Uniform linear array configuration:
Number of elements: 4
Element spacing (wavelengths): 0.75
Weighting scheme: hamming
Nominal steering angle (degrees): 15
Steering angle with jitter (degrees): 13.305
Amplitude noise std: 0.05
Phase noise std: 0.05

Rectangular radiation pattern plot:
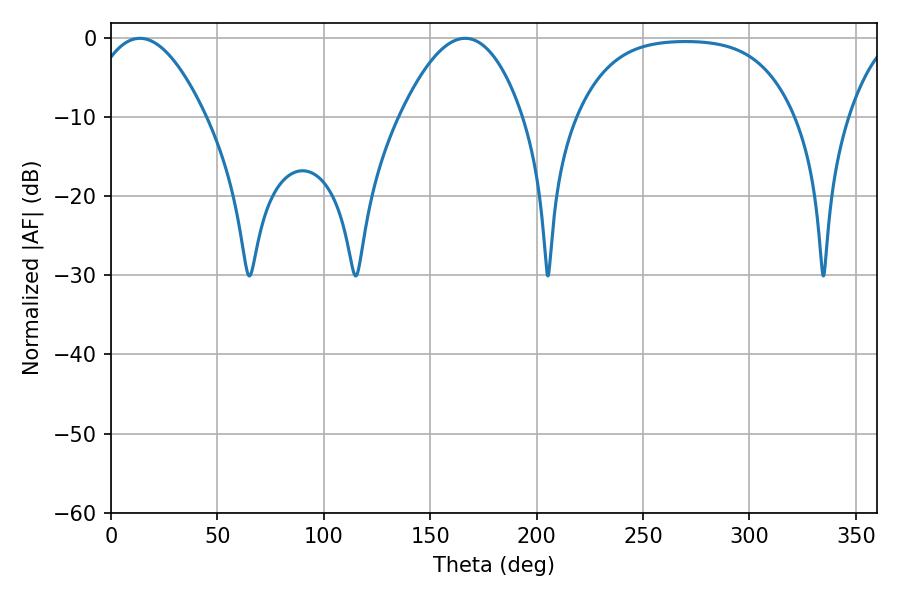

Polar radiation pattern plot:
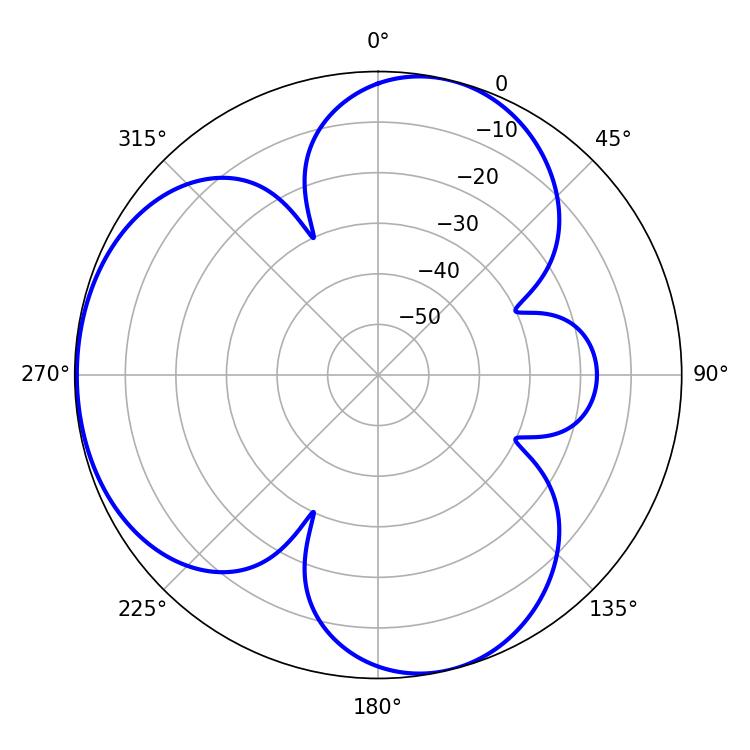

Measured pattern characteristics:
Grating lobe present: TRUE
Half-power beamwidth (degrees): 30.06
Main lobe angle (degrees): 13.5